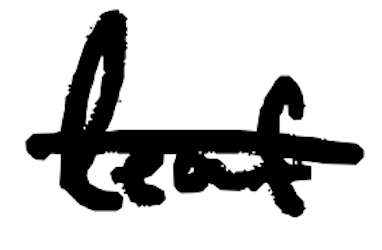
Text: leaf
Cross-out: single-line
Writing tool: digital_black